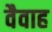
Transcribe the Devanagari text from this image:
वैवाह